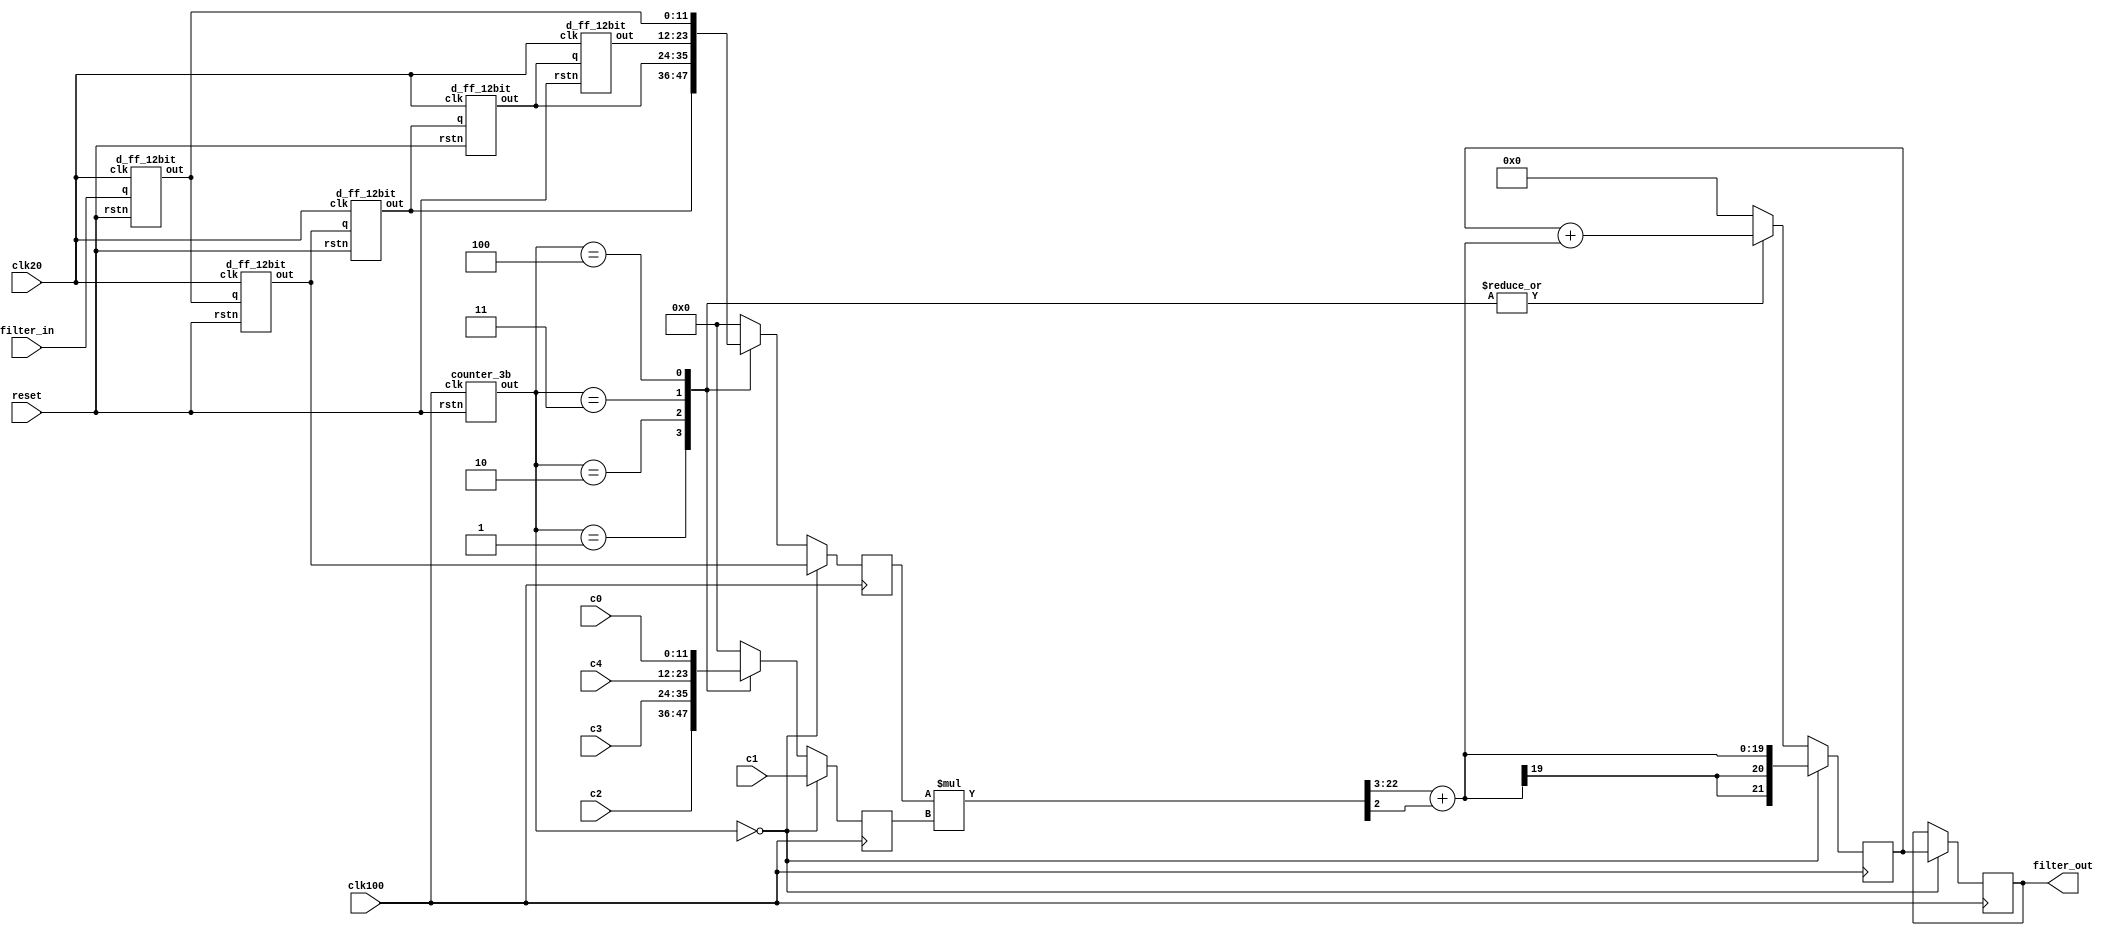

// filter_in 12.10
// coefficient 12.11
module folded_FIR (filter_out, filter_in, clk100, clk20, reset, c0, c1, c2, c3, c4);
    
    output reg signed [22-1:0] filter_out;
    input signed [12-1:0] filter_in;
    input clk100, clk20, reset;
    input signed [12-1:0] c0, c1, c2, c3, c4;

    wire signed [12-1:0] x1_1, x1_2, x1_3, x1_4, x1_5;
    d_ff_12bit dff01(x1_1, filter_in, clk20, reset);
    d_ff_12bit dff02(x1_2, x1_1,      clk20, reset);
    d_ff_12bit dff03(x1_3, x1_2,      clk20, reset);
    d_ff_12bit dff04(x1_4, x1_3,      clk20, reset);
    d_ff_12bit dff05(x1_5, x1_4,      clk20, reset);

    reg signed [12-1:0] mux_x;
    reg signed [12-1:0] mux_c;
    wire [3-1:0] control_bit;
    //reg [3-1:0] control_bit;
    counter_3b counter(control_bit, clk100, reset);
    //     
    wire signed [24-1:0] temp_mul_out;
    //   ,
    wire signed [20-1:0] mul_out_round;
    //    
    reg signed [22-1:0] filt_temp_out = 22'b0;


    always@(posedge clk100) begin
        if (control_bit == 3'b000) begin 
            mux_x <= x1_2; mux_c <= c1; 
            filt_temp_out <= mul_out_round; 
            filter_out <= filt_temp_out; 
            end
        else begin
            case(control_bit)
                3'b001: begin mux_x <= x1_3; mux_c <= c2; filt_temp_out <= filt_temp_out + mul_out_round; end
                3'b010: begin mux_x <= x1_4; mux_c <= c3; filt_temp_out <= filt_temp_out + mul_out_round; end
                3'b011: begin mux_x <= x1_5; mux_c <= c4; filt_temp_out <= filt_temp_out + mul_out_round; end
                3'b100: begin mux_x <= x1_1; mux_c <= c0; filt_temp_out <= filt_temp_out + mul_out_round; end
                default : begin mux_x <= 12'b0; mux_c <= 12'b0; filt_temp_out <= 22'b0; end
            endcase
            filter_out <= filter_out;
        end
    end
    // .
    assign temp_mul_out = mux_x * mux_c;
    // .
    assign mul_out_round = temp_mul_out[23-1:3] + (temp_mul_out[2]);
   
endmodule

module d_ff_12bit(out, q, clk, rstn);

    output reg signed[12-1:0] out;
    input signed[12-1:0] q;
    input clk, rstn;

    always@ (posedge clk)
    begin
        if(rstn == 1'b0) out<= 12'b0;
        else out <= q;
    end

endmodule

module d_ff_22bit(out, q, clk, rstn);

    output reg signed [22-1:0] out;
    input signed[22-1:0] q;
    input clk, rstn;

    always@ (posedge clk)
    begin
        if(rstn == 1'b0) out<= 22'b0;
        else out <= q;
    end

endmodule

module counter_3b(out, clk, rstn);

    output reg[3-1:0] out;
    input clk, rstn;
    always@ (posedge clk)
    begin
        if(rstn == 1'b0) out<= 3'b0;
        else if(out == 3'b100) out <= 3'b000;
        else out <= out + 1'b1; 
    end

endmodule